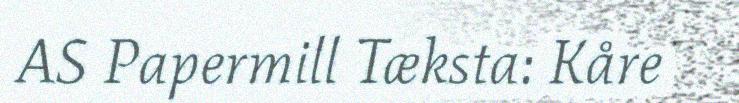
AS Papermill Tæksta: Kåre